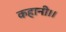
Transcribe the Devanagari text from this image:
कहानी।।